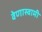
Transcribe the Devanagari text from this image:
वेणास्वामी